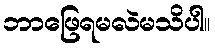
ဘာဖြေရမလဲမသိပါ။